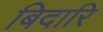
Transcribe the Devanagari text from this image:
बिदारि